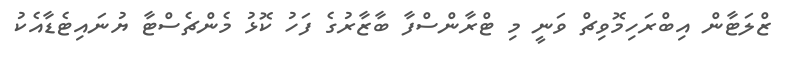
ޒްލަޓާން އިބްރަހިމޮވިޗް ވަނީ މި ޓްރާންސްފާ ބާޒާރުގެ ފަހު ކޮޅު މެންޗެސްޓާ ޔުނައިޓެޑާއެކު